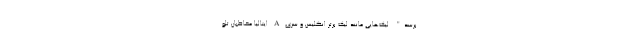
برسد". لیگ‌هایی مانند لیگ برتر انگلیس و سری A ایتالیا مخاطبان تلو